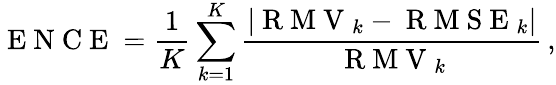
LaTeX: \mathrm{~E~N~C~E~}=\frac{1}{K}\sum_{k=1}^{K}\frac{|\mathrm{~R~M~V~}_{k}-\mathrm{~R~M~S~E~}_{k}|}{\mathrm{~R~M~V~}_{k}}\, ,